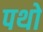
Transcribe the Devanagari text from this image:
पथो